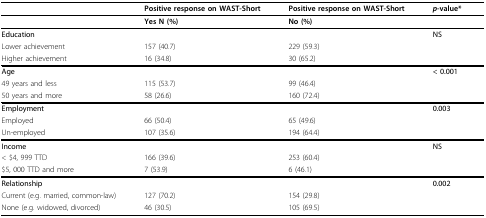
<table><thead><tr><td></td><td><b>Positive response on WAST-Short</b></td><td><b>Positive response on WAST-Short</b></td><td><b><i>p</i>-value*</b></td></tr></thead><tbody><tr><td></td><td><b>Yes N (%)</b></td><td><b>No (%)</b></td><td></td></tr><tr><td><b>Education</b></td><td></td><td></td><td><b>NS</b></td></tr><tr><td>Lower achievement</td><td>157 (40.7)</td><td>229 (59.3)</td><td></td></tr><tr><td>Higher achievement</td><td>16 (34.8)</td><td>30 (65.2)</td><td></td></tr><tr><td><b>Age</b></td><td></td><td></td><td><b>&lt; 0.001</b></td></tr><tr><td>49 years and less</td><td>115 (53.7)</td><td>99 (46.4)</td><td></td></tr><tr><td>50 years and more</td><td>58 (26.6)</td><td>160 (72.4)</td><td></td></tr><tr><td><b>Employment</b></td><td></td><td></td><td><b>0.003</b></td></tr><tr><td>Employed</td><td>66 (50.4)</td><td>65 (49.6)</td><td></td></tr><tr><td>Un-employed</td><td>107 (35.6)</td><td>194 (64.4)</td><td></td></tr><tr><td><b>Income</b></td><td></td><td></td><td><b>NS</b></td></tr><tr><td>&lt; $4, 999 TTD</td><td>166 (39.6)</td><td>253 (60.4)</td><td></td></tr><tr><td>$5, 000 TTD and more</td><td>7 (53.9)</td><td>6 (46.1)</td><td></td></tr><tr><td><b>Relationship</b></td><td></td><td></td><td><b>0.002</b></td></tr><tr><td>Current (e.g. married, common-law)</td><td>127 (70.2)</td><td>154 (29.8)</td><td></td></tr><tr><td>None (e.g. widowed, divorced)</td><td>46 (30.5)</td><td>105 (69.5)</td><td></td></tr></tbody></table>